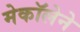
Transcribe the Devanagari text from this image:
मेकॉलेने